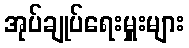
အုပ်ချုပ်ရေးမှူးများ